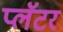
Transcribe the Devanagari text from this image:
प्लॅटर